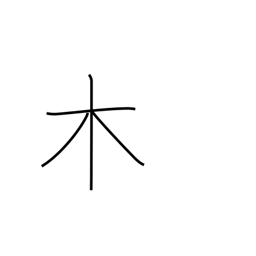
Meaning: wood